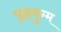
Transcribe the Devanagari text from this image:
पृष्ठयुग्म